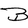
Character: B